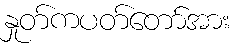
နှုတ်ကပတ်တော်အား